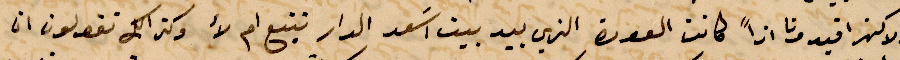
ولاكتر افيدونا اذًا كانت العودة الذي بيد اسعد الدار تتبع ام لأ وكذلك تقولون ان